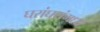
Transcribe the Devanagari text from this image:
घरांघरांमध्ये